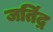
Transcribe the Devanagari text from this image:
जतिंद्र